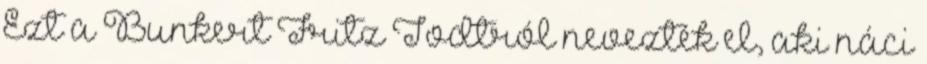
Ezt a Bunkert Fritz Todtról nevezték el, aki náci